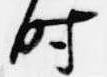
時